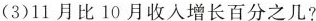
(3)11月比10月收入增长百分之几?